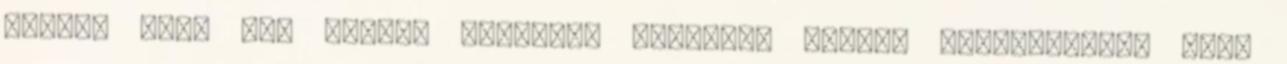
jelent kap, ami orvosi kezelést igényel. Fontos megemlíteni, hogy